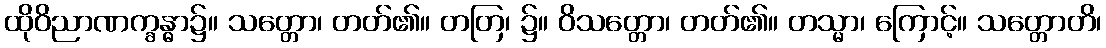
ထိုဝိညာဏက္ခန္ဓာ၌။ သတ္တော၊ တတ်၏။ တတြ၊ ၌။ ဝိသတ္တော၊ တတ်၏။ တသ္မာ၊ ကြောင့်။ သတ္တောတိ၊